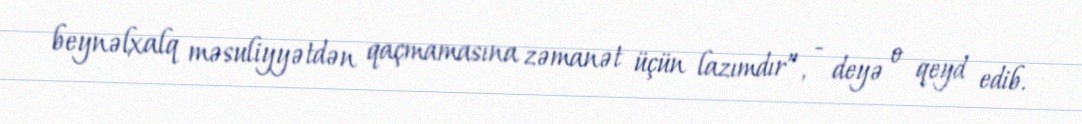
beynəlxalq məsuliyyətdən qaçmamasına zəmanət üçün lazımdır”, - deyə o qeyd edib.